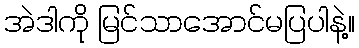
အဲဒါကို မြင်သာအောင်မပြပါနဲ့။